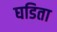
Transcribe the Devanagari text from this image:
घडिता